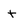
Character: t